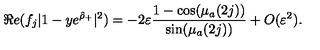
\Re e ( f _ { j } | 1 - y e ^ { \hat { \rho } _ { + } } | ^ { 2 } ) = - 2 \varepsilon \frac { 1 - \cos ( \mu _ { a } ( 2 j ) ) } { \sin ( \mu _ { a } ( 2 j ) ) } + O ( \varepsilon ^ { 2 } ) .